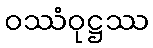
ဝဿံဝုဋ္ဌဿ